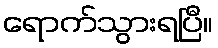
ရောက်သွားရပြီ။